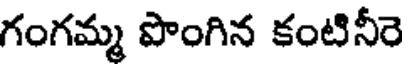
గంగమ్మ పొంగిన కంటినీరె